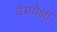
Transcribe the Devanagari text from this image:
वेगपेक्षा